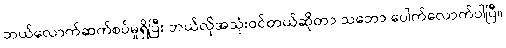
ဘယ်လောက်ဆက်စပ်မှုရှိပြီး ဘယ်လိုအသုံးဝင်တယ်ဆိုတာ သဘော ပေါက်လောက်ပါပြီ။